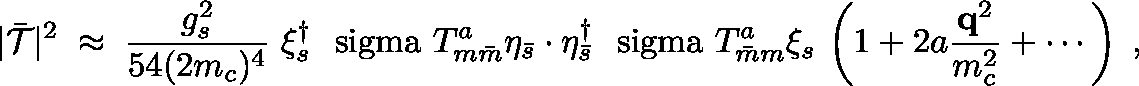
| \bar { { \cal T } } | ^ { 2 } \; \approx \; { \frac { g _ { s } ^ { 2 } } { 5 4 ( 2 m _ { c } ) ^ { 4 } } } \; \xi _ { s } ^ { \dagger } \mathrm { \boldmath ~ \ s i g m a ~ } T _ { m \bar { m } } ^ { a } \eta _ { \bar { s } } \cdot \eta _ { \bar { s } } ^ { \dagger } \mathrm { \boldmath ~ \ s i g m a ~ } T _ { \bar { m } m } ^ { a } \xi _ { s } \, \left( 1 + 2 a \frac { { \bf q } ^ { 2 } } { m _ { c } ^ { 2 } } + \cdots \right) \; ,